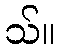
သ်။